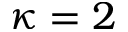
\kappa = 2